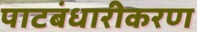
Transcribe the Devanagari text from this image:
पाटबंधारीकरण